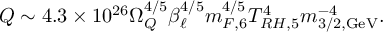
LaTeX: Q \sim 4 . 3 \times 1 0 ^ { 2 6 } \Omega _ { Q } ^ { 4 / 5 } \beta _ { \ell } ^ { 4 / 5 } m _ { F , 6 } ^ { 4 / 5 } T _ { R H , 5 } ^ { 4 } m _ { 3 / 2 , \mathrm { G e V } } ^ { - 4 } .